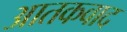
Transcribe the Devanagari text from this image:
आतकवाद